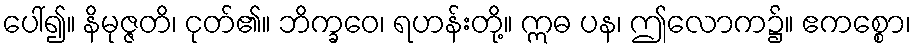
ပေါ်၍။ နိမုဇ္ဇတိ၊ ငုတ်၏။ ဘိက္ခဝေ၊ ရဟန်းတို့။ ဣဓ ပန၊ ဤလောက၌။ ဧကစ္စော၊